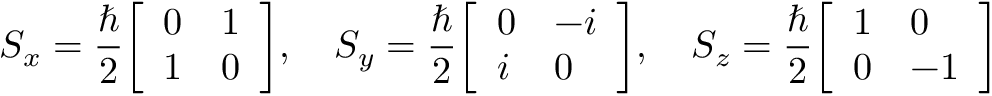
S _ { x } = { \frac { \hbar } { 2 } } { \left[ \begin{array} { l l } { 0 } & { 1 } \\ { 1 } & { 0 } \end{array} \right] } , \quad S _ { y } = { \frac { \hbar } { 2 } } { \left[ \begin{array} { l l } { 0 } & { - i } \\ { i } & { 0 } \end{array} \right] } , \quad S _ { z } = { \frac { \hbar } { 2 } } { \left[ \begin{array} { l l } { 1 } & { 0 } \\ { 0 } & { - 1 } \end{array} \right] }